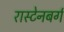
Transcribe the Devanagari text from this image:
रास्टेनबर्ग